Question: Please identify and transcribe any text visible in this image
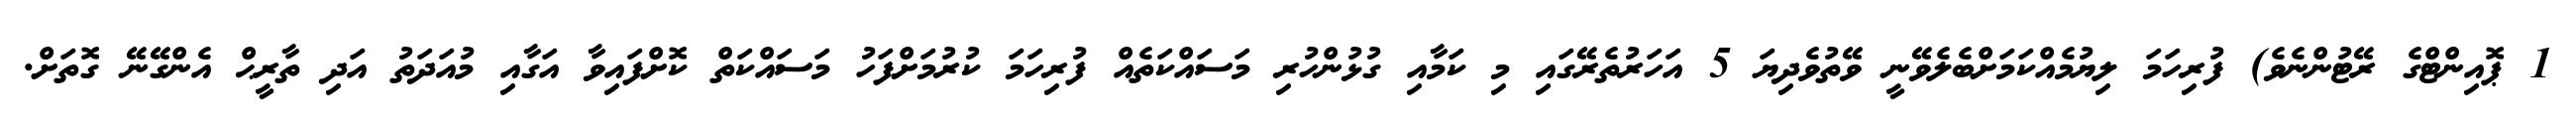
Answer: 1 ޕޮއިންޓްގެ ރޭޓުންނެވެ) ފުރިހަމަ ލިޔުމެއްކަމަށްބެލެވޭނީ ވޭތުވެދިޔަ 5 އަހަރުތެރޭގައި މި ކަމާއި ގުޅުންހުރި މަސައްކަތެއް ފުރިހަމަ ކުރުމަށްފަހު މަސައްކަތް ކޮށްފައިވާ އަގާއި މުއަދަތު އަދި ތާރީޙް އެންގޭނޭ ގޮތަށް.